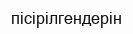
пісірілгендерін